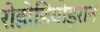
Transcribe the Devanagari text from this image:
रोडोडियोड्रान